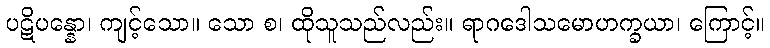
ပဋိပန္နော၊ ကျင့်သော။ သော စ၊ ထိုသူသည်လည်း။ ရာဂဒေါသမောဟက္ခယာ၊ ကြောင့်။